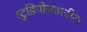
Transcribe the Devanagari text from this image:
स्टुडियोजवळील